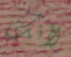
لأنك